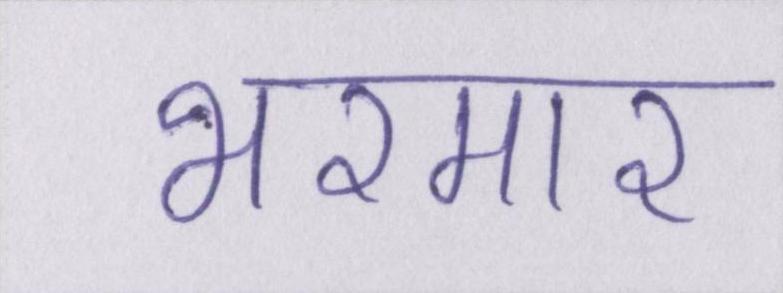
भरमार